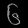
Digit: ၆